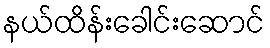
နယ်ထိန်းခေါင်းဆောင်